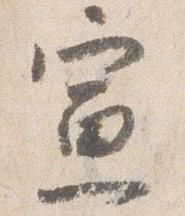
宣